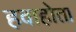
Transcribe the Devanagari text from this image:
हवाहोता